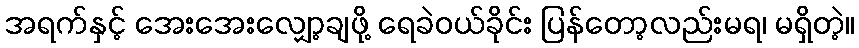
အရက်နှင့် အေးအေးလျှော့ချဖို့ ရေခဲဝယ်ခိုင်း ပြန်တော့လည်းမရ၊ မရှိတဲ့။